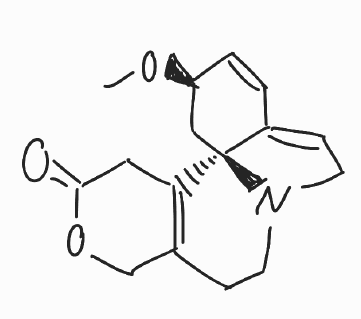
Simplified molecular-input line-entry system (SMILES) notation of the given molecule:
CO[C@@H]1C[C@]23C4=C(CCN2CC=C3C=C1)COC(=O)C4